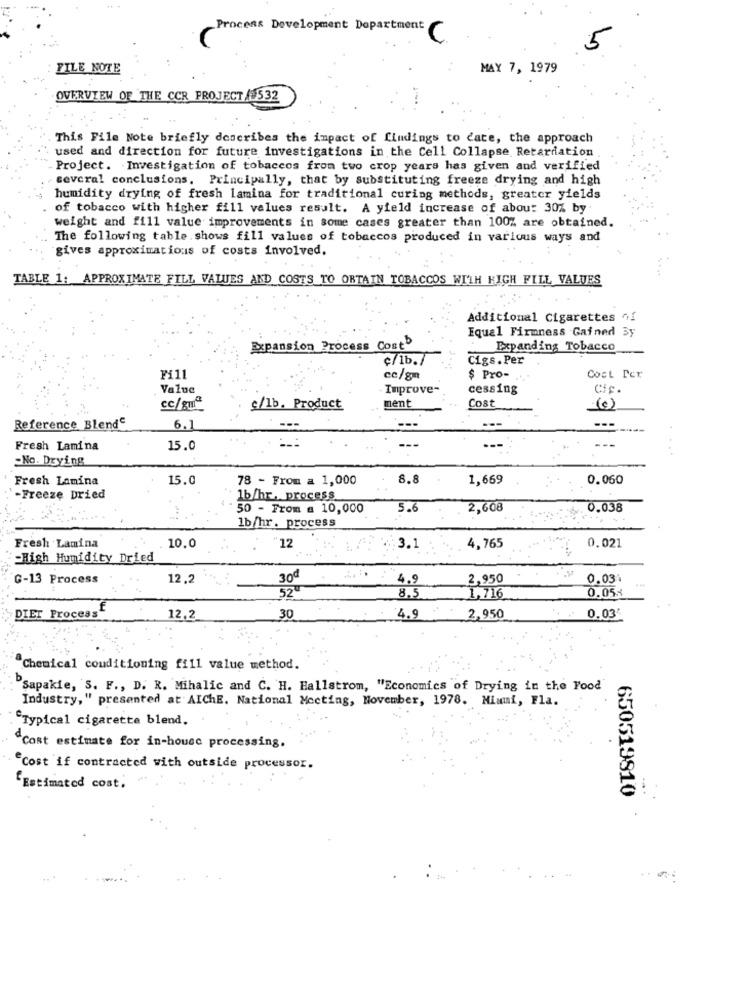
Process Development Department
· C
5
FILE NOTE
MAY 7, 1979
OVERVIEW OF THE CCR PROJECT/#532
This File Note briefly describes the impact of findings to date, the approach
used and direction for future investigations in the Cell Collapse Retardation
Project. Investigation of tobaccos from two crop years has given and verified
several conclusions. Principally, that by substituting freeze drying and high
humidity drying of fresh lamina for traditional curing methods, greater yields
of tobacco with higher fill values result. A yield increase of about 30% by
weight and fill value improvements in some cases greater than 100% are obtained.
The following table. shows fill values of tobaccos produced in various ways and
gives approximations of costs involved.
TABLE 1: APPROXIMATE FILL VALUES AND COSTS TO OBTAIN TOBACCOS WITH HIGH FILL VALUES
Additional Cigarettes of
Equal Firmness Gained By
Expansion Process Cost
Expanding Tobacco
Cigs.Per
Fi11
ce/gn
$ Pro-
Cost Per
Value
Improve-
cessing
Cic.
cc/sma
c/1b. Product
ment
Cost
(e)
Reference Blende
6.1
---
Fresh Lamina
15.0
---
=No. Drying
Fresh Lamina
15.0
78 - From a 1,000
8.8
1,669
0.060
-Freezę Dried
1b/hr, process
50 - From a 10,000
5.6
2,608
0,038
lb/hr. process
10.0
"12
Fresh Lamina
3.1
4,765
0.021
=High Humidity Dried
G-13 Process
12.2
30ª
2,950
0.03
52
4.9
0.05%
1,716
DIET Process
12,2
30
4.9
2,950
0.03'
Chemical conditioning fill value method.
Sapakie, S. F ., D. R. Mihalic and C. H. Hallstrom, "Economics of Drying in the Food'
Industry," presented at AIchE. National Meeting, November, 1978. Miami, Fla.
"Typical cigarette blend.
`Cost estimate for in-house processing.
"Cost if contracted with outside processor.
"Estimated cost.
650519810